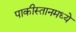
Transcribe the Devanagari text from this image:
पाकीस्तानमध्ये